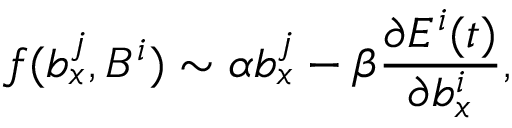
f ( b _ { x } ^ { j } , B ^ { i } ) \sim \alpha b _ { x } ^ { j } - \beta \frac { \partial E ^ { i } ( t ) } { \partial b _ { x } ^ { i } } ,